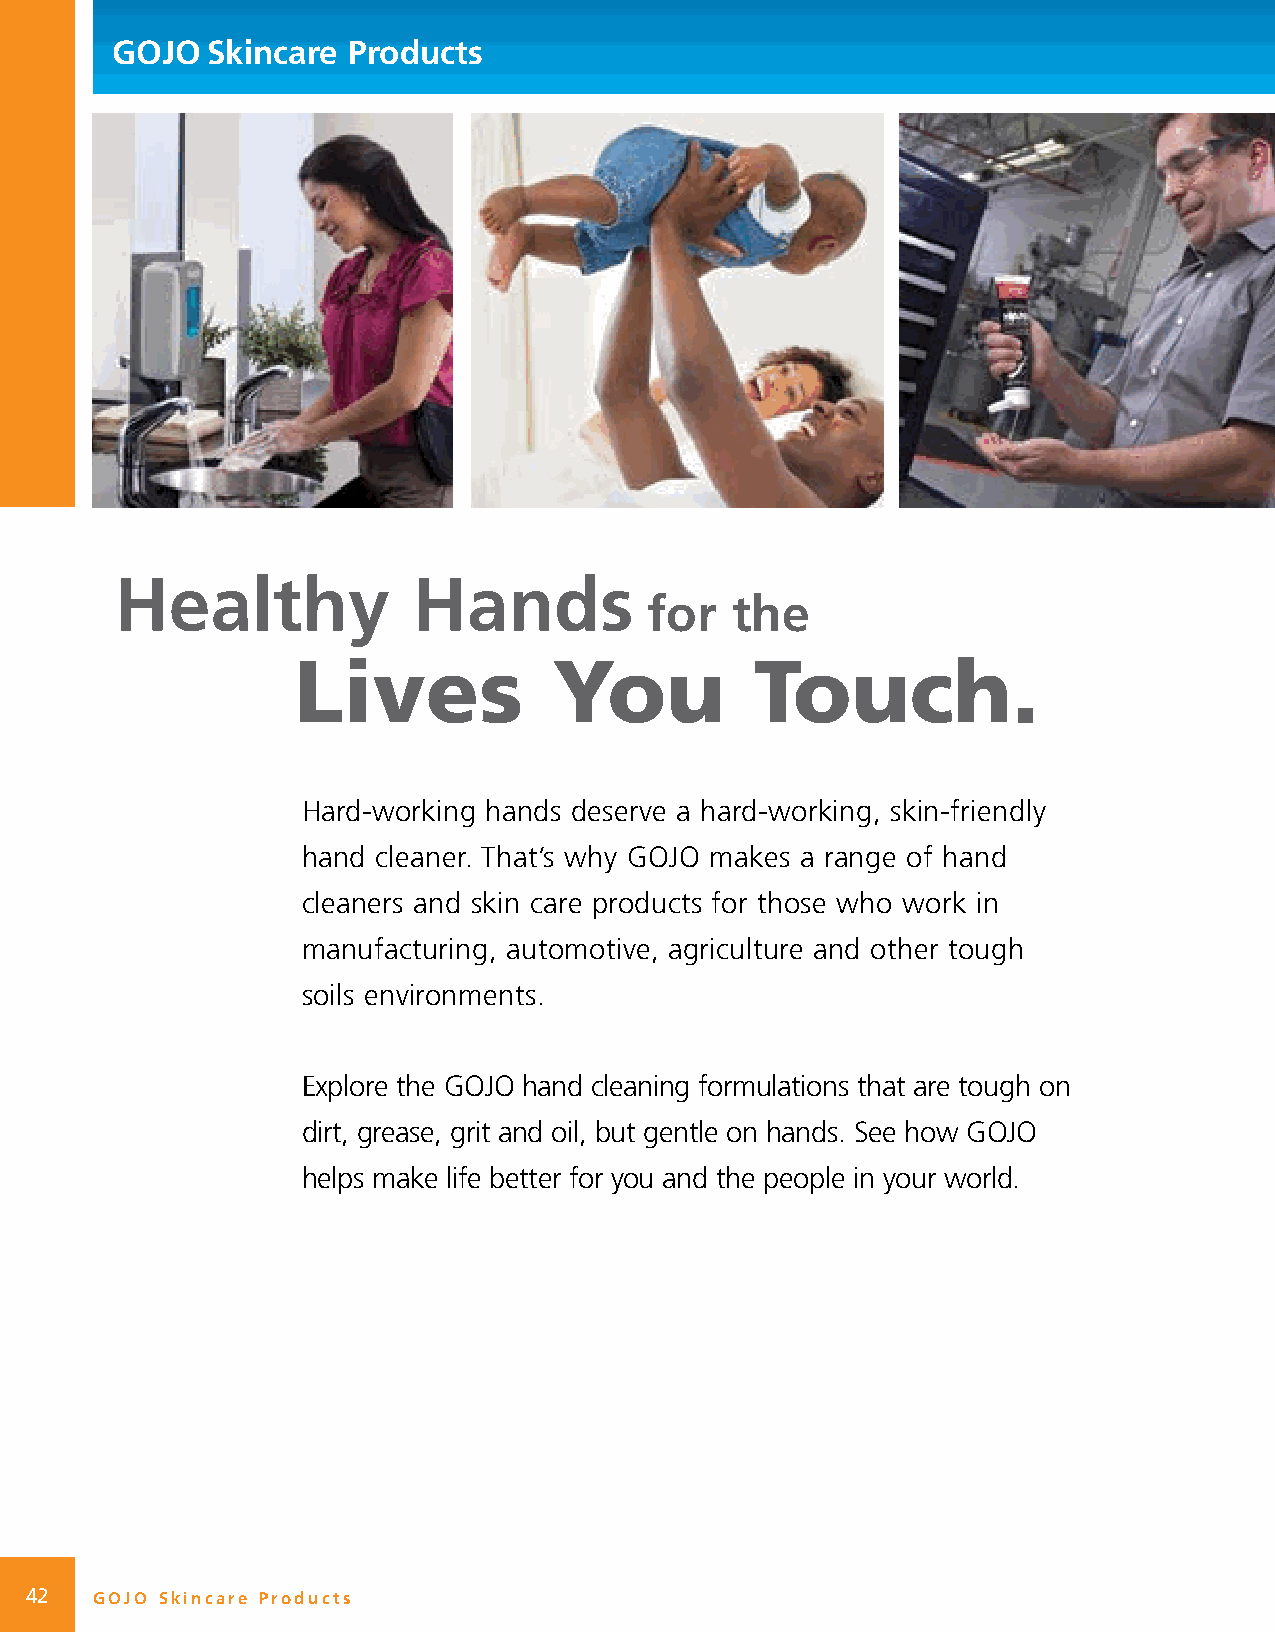
GOJO   Skincare Products
 Healthy            Hands
 for  the
 Lives             You          Touch.
 Hard-working hands deserve a hard-working, skin-friendly
 hand cleaner . That’s why GOJO makes a range of hand
 cleaners and skin care products for those who work in
 manufacturing, automotive, agriculture and other tough
 soils environments .
 Explore the GOJO hand cleaning formulations that are tough on
 dirt, grease, grit and oil, but gentle on hands . See how GOJO
 helps make life better for you and the people in your world .
 42  GOJO Skincare Products